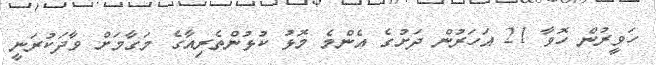
ހަވީރުން ހޮވާ 21 އަހަރުން ދަށުގެ އެންމެ މޮޅު ކުޅުންތެރިއާގެ މަގާމަށް ވާދަކުރަނީ